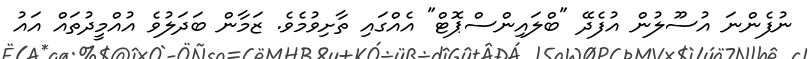
ނުފެންނަ އުސޫލުން އުފެދޭ "ބްލައިންސްޕޮޓް" އެއްގައި ތާށިވުމެވެ. ޒަމާން ބަދަލުވެ އުއްމީދުތައް އައު